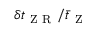
\delta t _ { \mathrm { ~ Z ~ R ~ } } / \bar { t } _ { \mathrm { ~ Z ~ } }